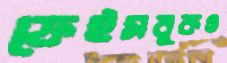
ফেইসবুকও